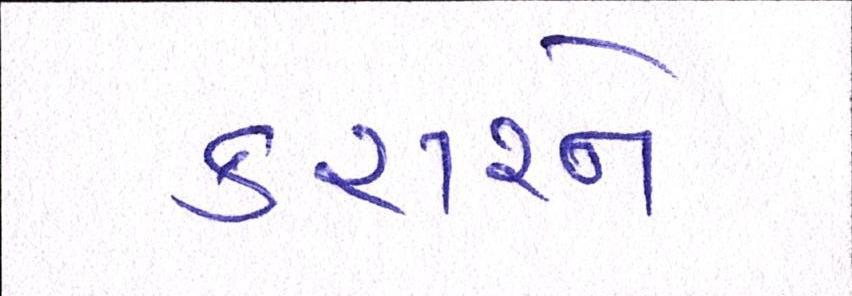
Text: કરારને